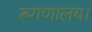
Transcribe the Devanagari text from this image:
रुगणालय।